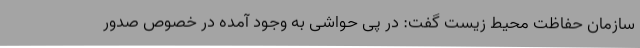
سازمان حفاظت محیط زیست گفت: در پی حواشی به وجود آمده در خصوص صدور